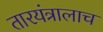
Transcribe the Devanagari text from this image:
तारयंत्रालाच